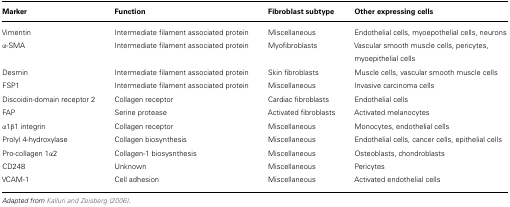
<table><thead><tr><td><b>Marker</b></td><td><b>Function</b></td><td><b>Fibroblast subtype</b></td><td><b>Other expressing cells</b></td></tr></thead><tbody><tr><td>Vimentin</td><td>Intermediate filament associated protein</td><td>Miscellaneous</td><td>Endothelial cells, myoepothelial cells, neurons</td></tr><tr><td>α-SMA</td><td>Intermediate filament associated protein</td><td>Myofibroblasts</td><td>Vascular smooth muscle cells, pericytes, myoepithelial cells</td></tr><tr><td>Desmin</td><td>Intermediate filament associated protein</td><td>Skin fibroblasts</td><td>Muscle cells, vascular smooth muscle cells</td></tr><tr><td>FSP1</td><td>Intermediate filament associated protein</td><td>Miscellaneous</td><td>Invasive carcinoma cells</td></tr><tr><td>Discoidin-domain receptor 2</td><td>Collagen receptor</td><td>Cardiac fibroblasts</td><td>Endothelial cells</td></tr><tr><td>FAP</td><td>Serine protease</td><td>Activated fibroblasts</td><td>Activated melanocytes</td></tr><tr><td>α1β1 integrin</td><td>Collagen receptor</td><td>Miscellaneous</td><td>Monocytes, endothelial cells</td></tr><tr><td>Prolyl 4-hydroxylase</td><td>Collagen biosynthesis</td><td>Miscellaneous</td><td>Endothelial cells, cancer cells, epithelial cells</td></tr><tr><td>Pro-collagen 1α2</td><td>Collagen-1 biosysnthesis</td><td>Miscellaneous</td><td>Osteoblasts, chondroblasts</td></tr><tr><td>CD248</td><td>Unknown</td><td>Miscellaneous</td><td>Pericytes</td></tr><tr><td>VCAM-1</td><td>Cell adhesion</td><td>Miscellaneous</td><td>Activated endothelial cells</td></tr></tbody></table>